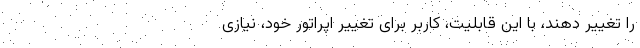
را تغییر دهند، با این قابلیت، کاربر برای تغییر اپراتور خود، نیازی